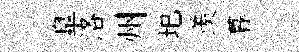
臯洛州圯羨暮